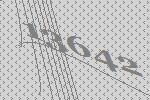
13642